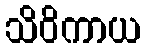
သိဝိကာယ